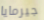
جيرمايا